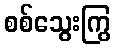
စစ်သွေးကြွ